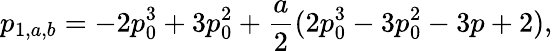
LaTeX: p_{1,a,b}=-2p_{0}^{3}+3p_{0}^{2}+\frac{a}{2}(2p_{0}^{3}-3p_{0}^{2}-3p+2),